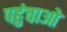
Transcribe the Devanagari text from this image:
पहुंचाओ